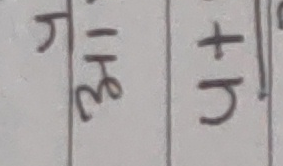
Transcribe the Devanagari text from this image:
र + मि प